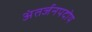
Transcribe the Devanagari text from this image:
अंतर्जनपदोय